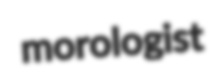
morologist